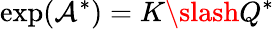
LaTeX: \exp(\mathcal{A}^{*})=K\slash Q^{*}